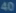
40